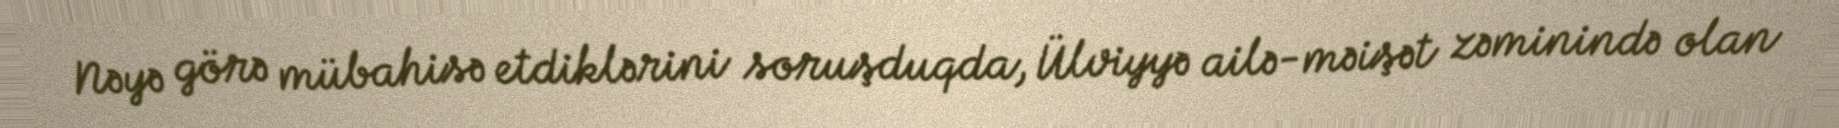
Nəyə görə mübahisə etdiklərini soruşduqda, Ülviyyə ailə-məişət zəminində olan